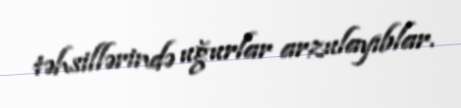
təhsillərində uğurlar arzulayıblar.